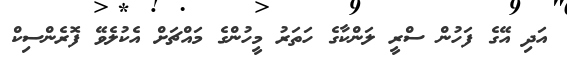
އަދި އޭގެ ފަހުން ސްރީ ލަންކާގެ ހަތަރު މީހުންގެ މައްޗަށް އެކުލެވޭ ފޮރެންސިކް